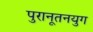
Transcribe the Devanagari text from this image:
पुरानूतनयुग